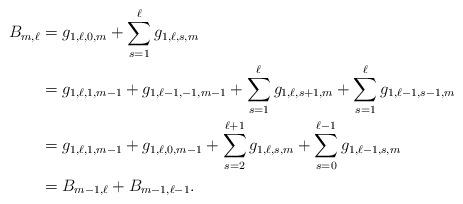
LaTeX: \begin{align*}B_{m,\ell}&=g_{1,\ell,0,m}+\sum_{s=1}^\ell g_{1,\ell,s,m}\\&=g_{1,\ell,1,m-1}+g_{1,\ell-1,-1,m-1}+\sum_{s=1}^\ell g_{1,\ell,s+1,m}+\sum_{s=1}^\ell g_{1,\ell-1,s-1,m}\\&=g_{1,\ell,1,m-1}+g_{1,\ell,0,m-1}+\sum_{s=2}^{\ell+1} g_{1,\ell,s,m}+\sum_{s=0}^{\ell-1} g_{1,\ell-1,s,m}\\&=B_{m-1,\ell}+B_{m-1,\ell-1}.\end{align*}